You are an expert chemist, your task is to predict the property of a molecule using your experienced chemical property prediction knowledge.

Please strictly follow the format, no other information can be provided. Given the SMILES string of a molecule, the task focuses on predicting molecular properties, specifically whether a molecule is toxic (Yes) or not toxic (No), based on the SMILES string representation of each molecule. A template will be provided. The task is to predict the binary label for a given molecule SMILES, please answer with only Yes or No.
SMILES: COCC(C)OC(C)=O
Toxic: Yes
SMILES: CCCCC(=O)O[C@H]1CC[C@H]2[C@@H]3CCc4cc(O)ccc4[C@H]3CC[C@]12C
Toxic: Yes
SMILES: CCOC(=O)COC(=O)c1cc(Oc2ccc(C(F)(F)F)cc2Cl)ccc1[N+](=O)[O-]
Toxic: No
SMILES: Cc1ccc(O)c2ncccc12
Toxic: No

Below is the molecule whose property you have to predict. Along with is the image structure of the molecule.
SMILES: CCCCCCC1CCCC(=O)O1
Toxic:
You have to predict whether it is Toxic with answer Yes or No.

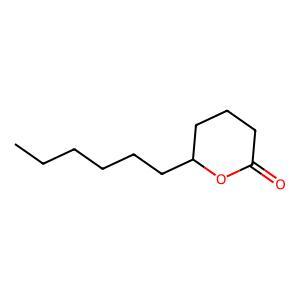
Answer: No